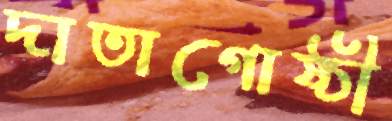
দাতাগোষ্ঠী